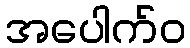
အပေါက်ဝ